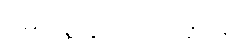
ပြည်သူ့လွှတ်တော်ဆိုင်ရာ